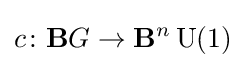
c\colon \mathbf {B} G\rightarrow \mathbf {B} ^{n}\operatorname {U} (1)